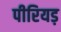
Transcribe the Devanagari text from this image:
पीरियड़